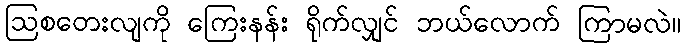
ဩစတေးလျကို ကြေးနန်း ရိုက်လျှင် ဘယ်လောက် ကြာမလဲ။